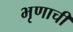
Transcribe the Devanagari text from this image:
भृणाची